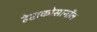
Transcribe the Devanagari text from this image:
हेप्टाकोसानॉल